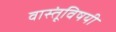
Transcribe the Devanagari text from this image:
वास्तूंविषयी